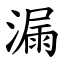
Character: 漏